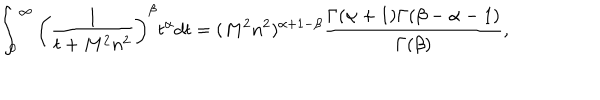
LaTeX: \int _ { 0 } ^ { \infty } \left( \frac { 1 } { t + M ^ { 2 } n ^ { 2 } } \right) ^ { \beta } t ^ { \alpha } d t = ( M ^ { 2 } n ^ { 2 } ) ^ { \alpha + 1 - \beta } \frac { \Gamma ( \alpha + 1 ) \Gamma ( \beta - \alpha - 1 ) } { \Gamma ( \beta ) } ,